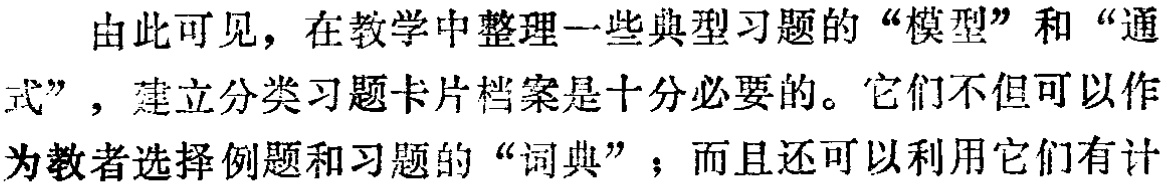
由此可见，在教学中整理一些典型习题的“模型”和“通式”，建立分类习题卡片档案是十分必要的。它们不但可以作为教者选择例题和习题的“词典”；而且还可以利用它们有计